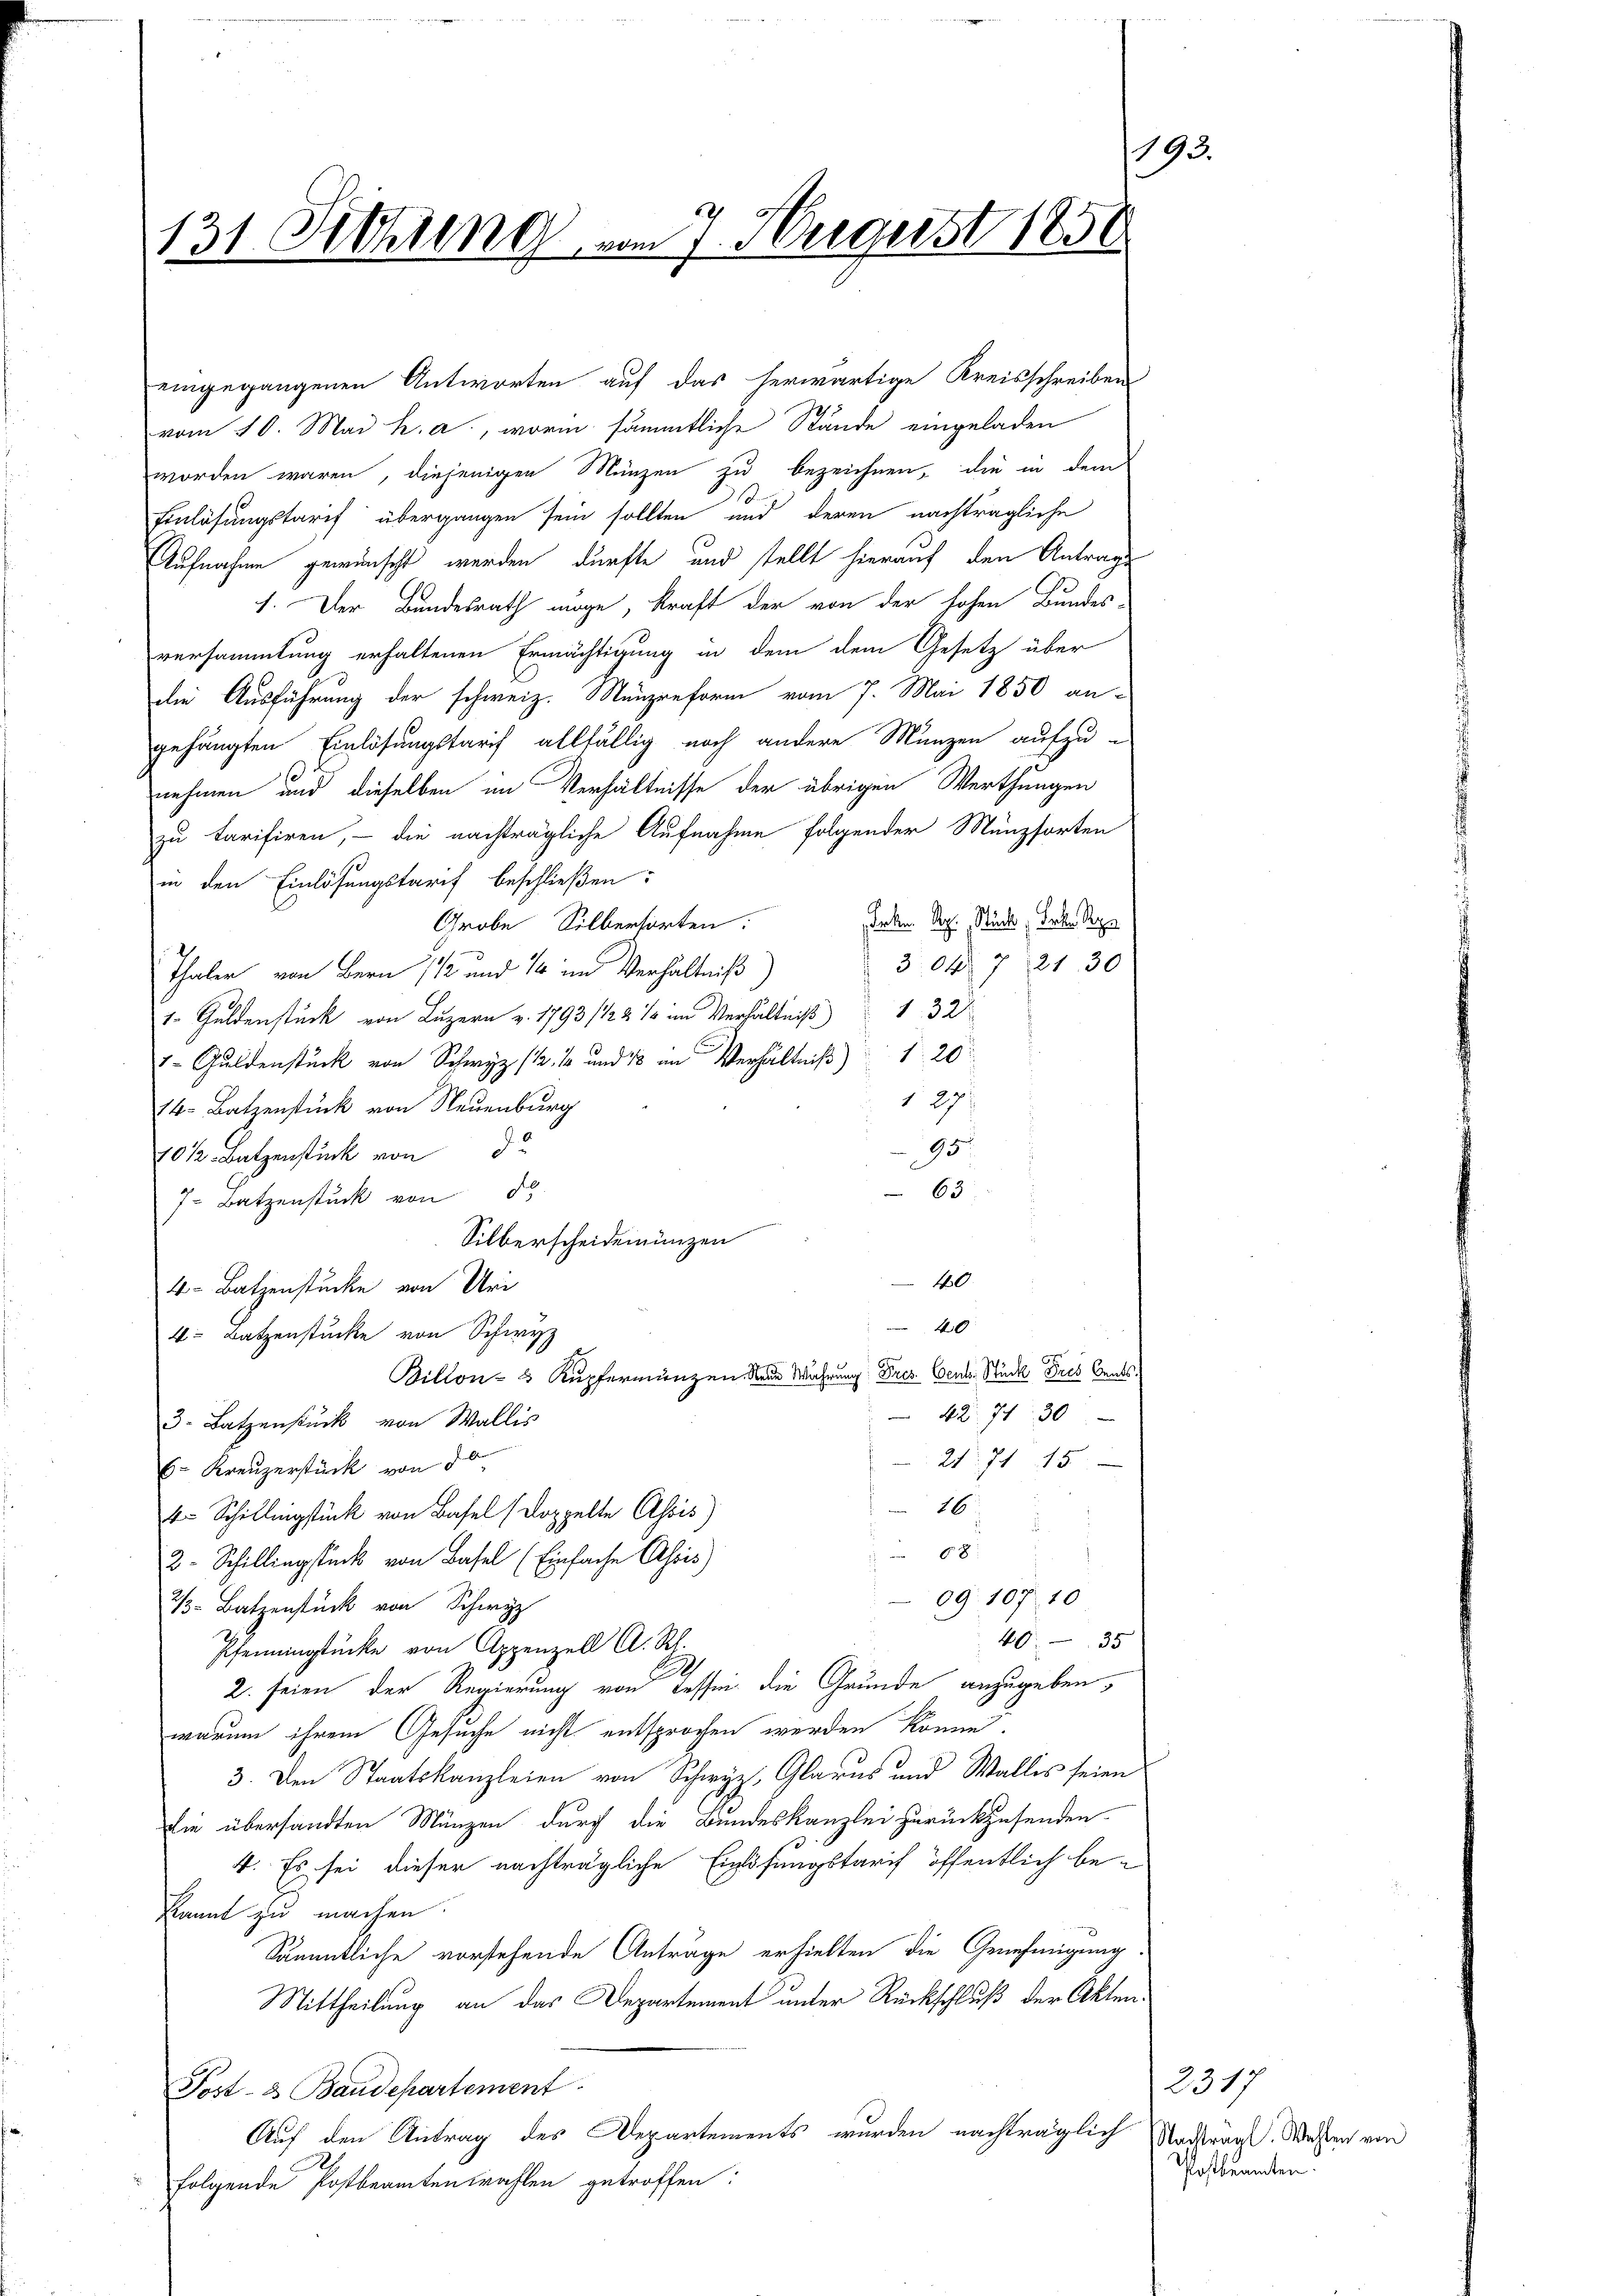
131. Sitzung vom 7. Negerst 1858

vom 10. Mai h. a., worin sämmtliche Stände eingeladen
worden wären, diejenigen Münzen zu bezeichnen, die in dem
Einlösungstarif übergangen sein sollten und deren nachträgliche
Aufnahme gewünscht werden dürfte und stellt hierauf den Antrage
1. Der Bundesrath möge, kraft der von der hohen Bundes-
versammlung erhaltenen Ermächtigung in dem dem Gesetz über
die Ausführung der schweiz. Münzreform vom 7. Mai 1850 an
gehängten Einlösungstarif allfällig noch andere Münzen aufzu-
nehmen und dieselben im Verhältnisse der übrigen Werthungen
zu tarisiren, – die nachträgliche Aufnahme folgender Münzsorten
in den Einlösungstarif beschließen:
Frkn. Apr. Stück, Bartl. Rege
Grobe Silbersorten:
3047 2130
Thaler von Bern 112 und 14 im Verhältniß)
 Guldenstück von Luzern z. 1793/12 2 % in Verhältniß 132
7 Guldenstück von Schwyz 10 und 12 im Verhältnis 1 20
129
14 Batzenstück von Neuenburg
95
10 1/2 Batzenstück von d
63
7. Batzenstück von d
Silberscheidemünzen
10
4 Batzenstücke von Uri
40
4 Batzenstücke von Schwyz
Billons Kupfermanzen Neue Wahrung Dres Cents. Stück Fres Cents.
42. 71. 30
3. Batzenstück von Wallis
2171 15
6. Kreuzerstück von Jo
26
t. Schillingstück von Basel (doppelte Assis)
2.
68
3 Schillingstück von Basel (Einfache Assis)
09. 107. 10
½ Batzenstück von Schwyz
4035
Pfenningstücke von Appenzell A. Rh.
2. seien der Regierung von Tessin die Grunde anzugeben,
warum ihrem Gesuche nicht entsprochen werden könne.
3. Den Staatskanzleien von Schwyz, Glarus und Wallis seien
die übersandten Münzen durch die Bundeskanzlei zurückzusenden
4. Es sei dieser nachträgliche Einlösungstarif öffentlich bekannt zu machen.
Sämmtliche vorstehende Anträge erhielten die Genehmigung.
Mittheilung an das Departement unter Rückschluß der Akten.
Post- & Baudepartement
Auf den Antrag des Departements wurden nachträglich adrägt. Wesen von
folgende Postbeamtenwahlen getroffen:

eingegangenen Antworten auf das herwärtige Kreisschreiben

193.

2317
Postkannten.